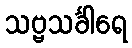
သဗ္ဗသင်္ခါရေ